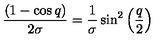
\frac { ( 1 - \cos q ) } { 2 \sigma } = \frac { 1 } { \sigma } \sin ^ { 2 } \left( \frac { q } { 2 } \right)